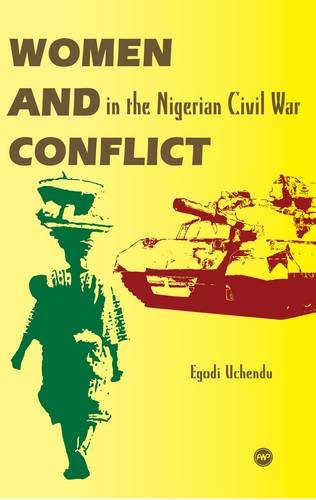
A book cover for Women and Conflict in the Nigerian Civil War; Egodi Uchendu; History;